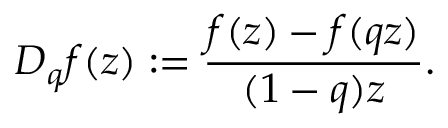
D _ { q } f ( z ) : = \frac { f ( z ) - f ( q z ) } { ( 1 - q ) z } .